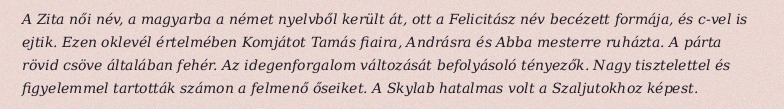
A Zita női név, a magyarba a német nyelvből került át, ott a Felicitász név becézett formája, és c-vel is ejtik. Ezen oklevél értelmében Komjátot Tamás fiaira, Andrásra és Abba mesterre ruházta. A párta rövid csöve általában fehér. Az idegenforgalom változását befolyásoló tényezők. Nagy tisztelettel és figyelemmel tartották számon a felmenő őseiket. A Skylab hatalmas volt a Szaljutokhoz képest.